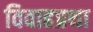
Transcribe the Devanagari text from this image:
विवाहप्रथा